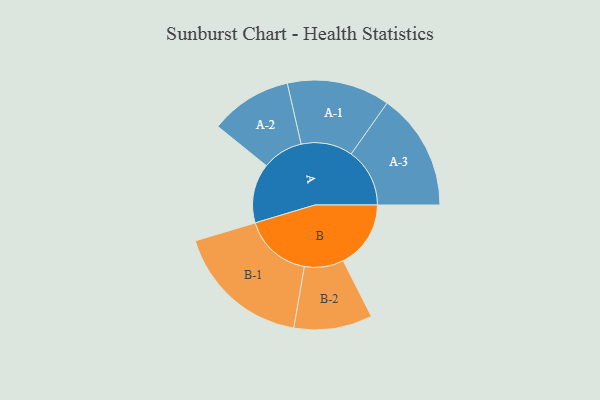
{"axis": {"x": "Segment", "y": "Value"}, "legend": ["", "A", "B"], "data": [{"x": "A", "y": 252, "type": ""}, {"x": "B", "y": 286, "type": ""}, {"x": "A-1", "y": 218, "type": "A"}, {"x": "A-2", "y": 173, "type": "A"}, {"x": "A-3", "y": 248, "type": "A"}, {"x": "B-1", "y": 288, "type": "B"}, {"x": "B-2", "y": 166, "type": "B"}]}